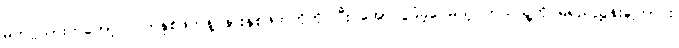
မက်ဂွဲယားကတော့ လက်နှစ်ဖက်နဲ့ နားနှစ်ဖက်ကိုကိုင်ပြီး အောင်ပွဲခံခဲ့ပေမယ့် ဘယ်သူ့ကို မရည်ညွှန်းကြောင်း၊